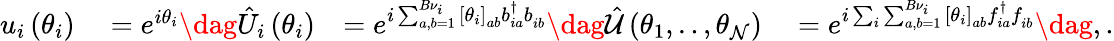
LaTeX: \begin{array}{rlrl}{u_{i}\left(\theta_{i}\right)}&{{}=e^{i\theta_{i}}\dag\hat{U}_{i}\left(\theta_{i}\right)}&{=e^{i\sum_{a,b=1}^{B{\nu}_{i}}\left[\theta_{i}\right]_{ab}b_{ia}^{\dagger}b_{ib}^{\phantom{\dagger}}}\dag\hat{\mathcal{U}}\left(\theta_{1},..,\theta_{\mathcal{N}}\right)}&{{}=e^{i\sum_{i}\sum_{a,b=1}^{B{\nu}_{i}}\left[\theta_{i}\right]_{ab}f_{ia}^{\dagger}f_{ib}^{\phantom{\dagger}}}\dag,.}\end{array}